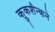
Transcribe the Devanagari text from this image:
क्रुकशैन्कने